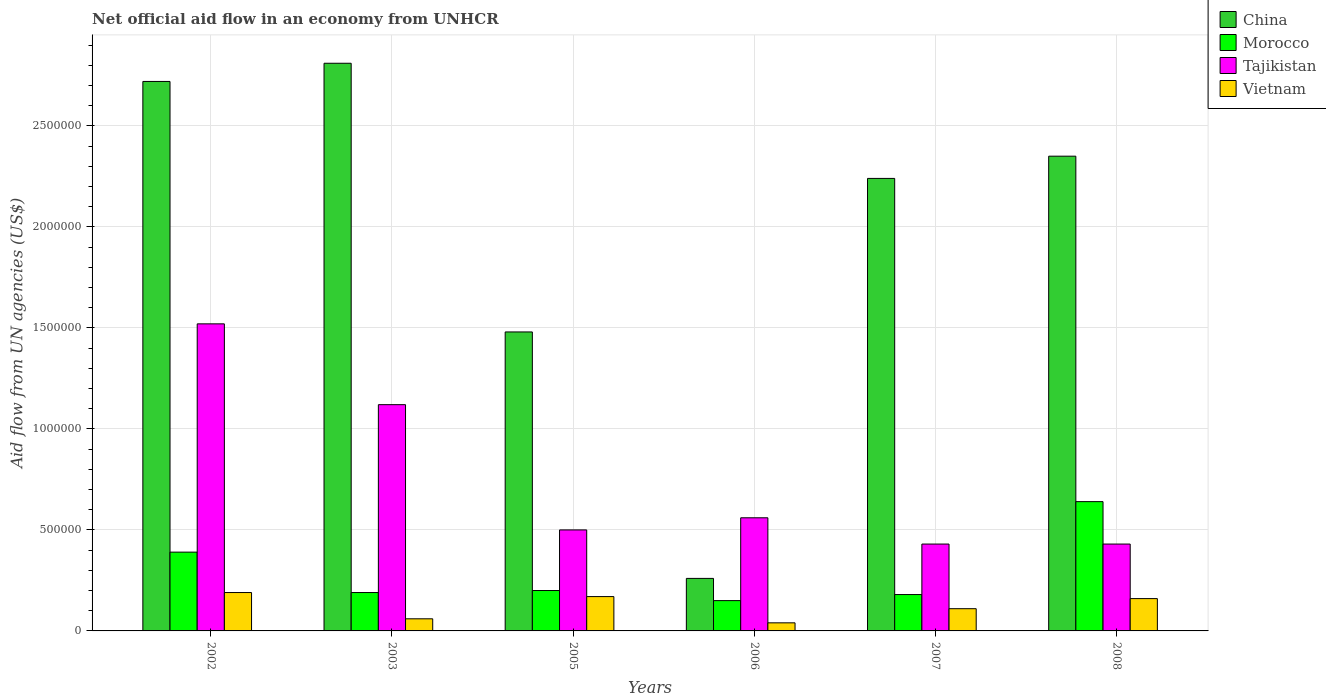
| Years | China | Morocco | Tajikistan | Vietnam |
 | --- | --- | --- | --- | --- |
 | 2002 | 2.72e+06 | 3.9e+05 | 1.52e+06 | 1.9e+05 |
 | 2003 | 2.81e+06 | 1.9e+05 | 1.12e+06 | 6e+04 |
 | 2005 | 1.48e+06 | 2e+05 | 5e+05 | 1.7e+05 |
 | 2006 | 2.6e+05 | 1.5e+05 | 5.6e+05 | 4e+04 |
 | 2007 | 2.24e+06 | 1.8e+05 | 4.3e+05 | 1.1e+05 |
 | 2008 | 2.35e+06 | 6.4e+05 | 4.3e+05 | 1.6e+05 |